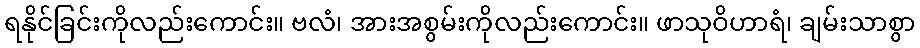
ရနိုင်ခြင်းကိုလည်းကောင်း။ ဗလံ၊ အားအစွမ်းကိုလည်းကောင်း။ ဖာသုဝိဟာရံ၊ ချမ်းသာစွာ